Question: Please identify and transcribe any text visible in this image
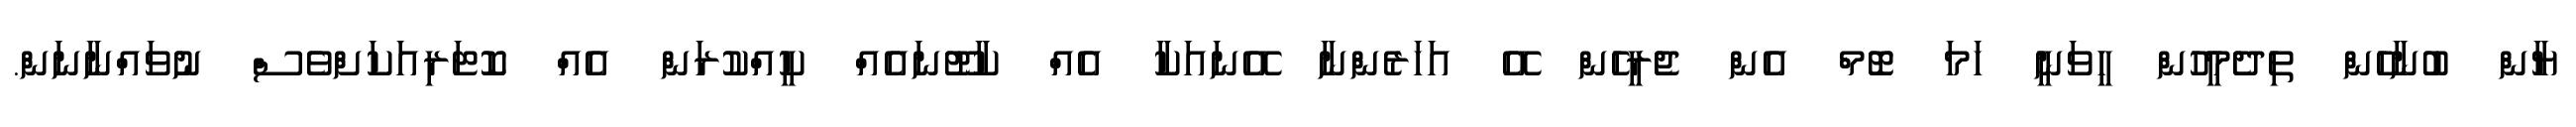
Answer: ޔާން ބުނާހެން ތިދެމީހުން ހީވަނީ ހަމަ ޓޮމް އެން ޖެރީހެން އޭ އަހަރެންނާ އޭނައަކާ އެއް ކާޓޫނައެއް ކީއްކުރަން އެއް ކޮޓަރިއަކަށްވެސް ނުވައްނާނަން.